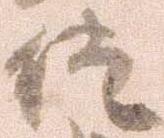
徒